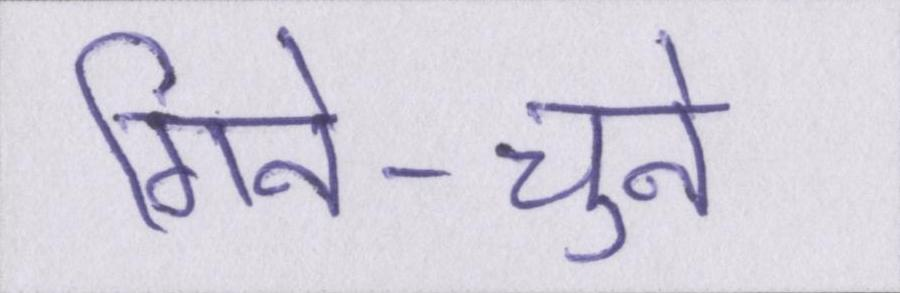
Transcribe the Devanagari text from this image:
गिने-चुने